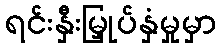
ရင်းနှီးမြှုပ်နှံမှုမှာ